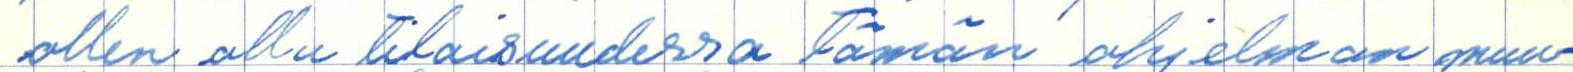
ollen ollu tilaisuudessa tämän ohjelman muu-